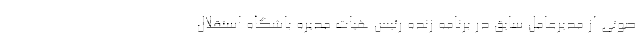
صوتی از مدیرعامل سابق در برنامه زنده رئیس هیات مدیره باشگاه استقلال